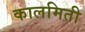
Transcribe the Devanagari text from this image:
कालमिती